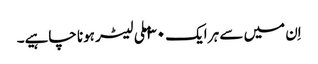
اِن میں سے ہر ایک ۳۰ ملی لیٹر ہونا چاہیے۔